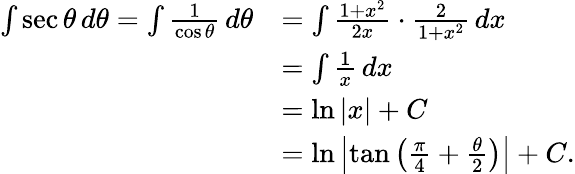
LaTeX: {\begin{array}{rl}{\int\sec\theta\, d\theta=\int{\frac{1}{\cos\theta}}\, d\theta}&{=\int{\frac{1+x^{2}}{2x}}\cdot{\frac{2}{1+x^{2}}}\, dx}\\ &{=\int{\frac{1}{x}}\, dx}\\ &{=\ln|x|+C}\\ &{=\ln\left|\tan\left({\frac{\pi}{4}}+{\frac{\theta}{2}}\right)\right|+C.}\end{array}}